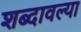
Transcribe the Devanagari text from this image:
शब्दावल्या